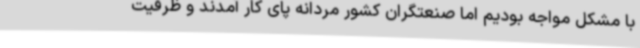
با مشکل مواجه بودیم اما صنعتگران کشور مردانه پای کار آمدند و ظرفیت